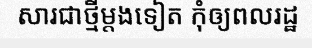
សារជាថ្មីម្តងទៀត កុំឲ្យពលរដ្ឋ